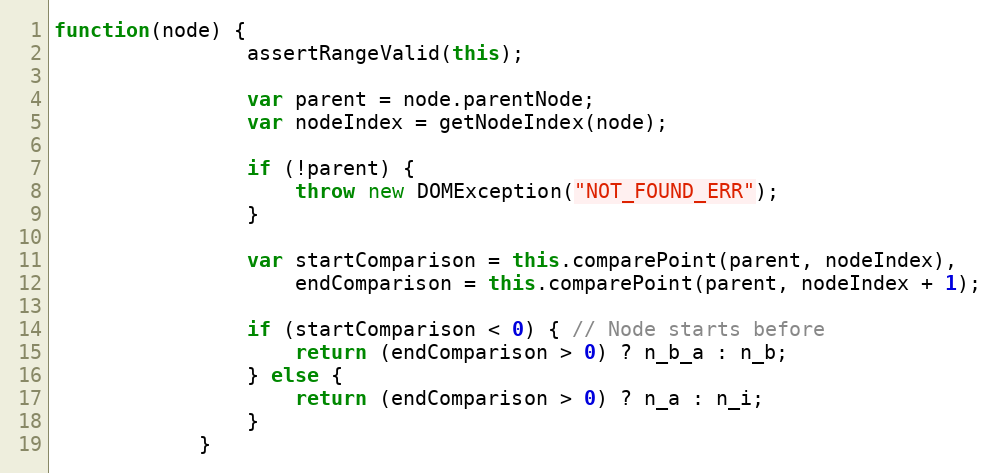
Language: JavaScript
function(node) {
                assertRangeValid(this);

                var parent = node.parentNode;
                var nodeIndex = getNodeIndex(node);

                if (!parent) {
                    throw new DOMException("NOT_FOUND_ERR");
                }

                var startComparison = this.comparePoint(parent, nodeIndex),
                    endComparison = this.comparePoint(parent, nodeIndex + 1);

                if (startComparison < 0) { // Node starts before
                    return (endComparison > 0) ? n_b_a : n_b;
                } else {
                    return (endComparison > 0) ? n_a : n_i;
                }
            }